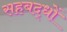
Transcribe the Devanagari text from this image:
सहबद्धों